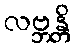
လဗ္ဘန္တိ